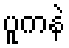
ပူကနဲ